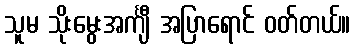
သူမ သိုးမွေးအင်္ကျီ အပြာရောင် ဝတ်တယ်။